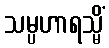
သမ္ပဟာရသ္မိံ